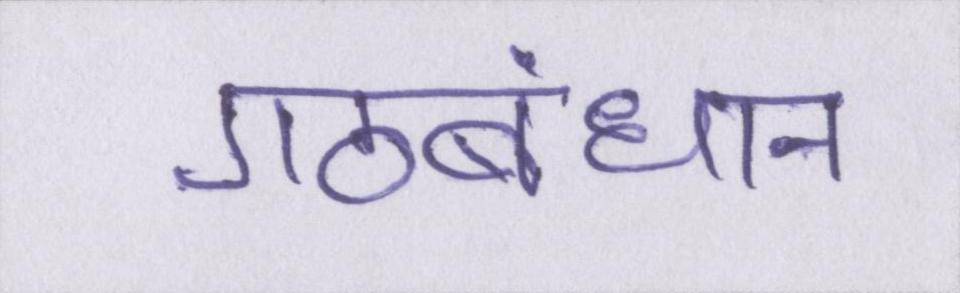
गठबंधान